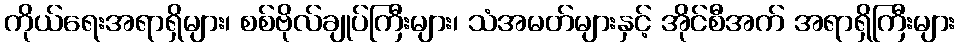
ကိုယ်ရေးအရာရှိများ၊ စစ်ဗိုလ်ချုပ်ကြီးများ၊ သံအမတ်များနှင့် အိုင်စီအက် အရာရှိကြီးများ